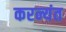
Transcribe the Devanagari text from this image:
करन्यंत